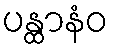
ပန္ထာနံဝ